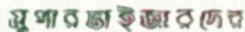
সুপারভাইজারদের